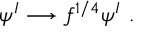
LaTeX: \psi ^ { I } \longrightarrow f ^ { 1 / 4 } \psi ^ { I } ~ .